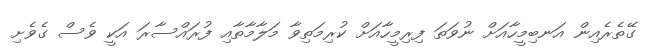
ގޭތެރެއިން އަނބިމީހާއަށް ނުވަތަަ ފިރިމީހާއަށް ކުރިމަތިވާ މަލާމާތާއި ފުރައްސާރަ އަކީ ވެސް ގެވެށި